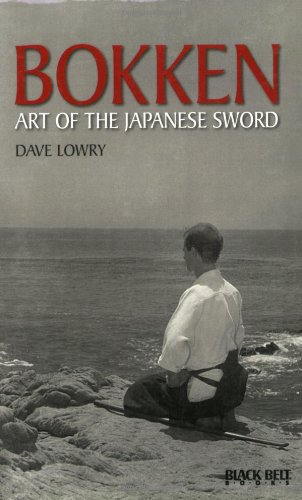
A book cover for Bokken: Art of the Japanese Sword (Literary Links to the Orient); Dave Lowry; Sports & Outdoors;